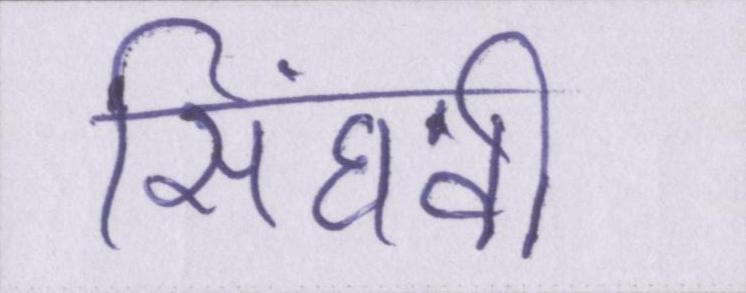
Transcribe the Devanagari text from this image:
सिंघवी